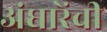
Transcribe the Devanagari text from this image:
अंधारेंची